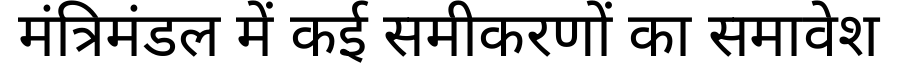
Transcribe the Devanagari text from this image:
मंत्रिमंडल में कई समीकरणों का समावेश